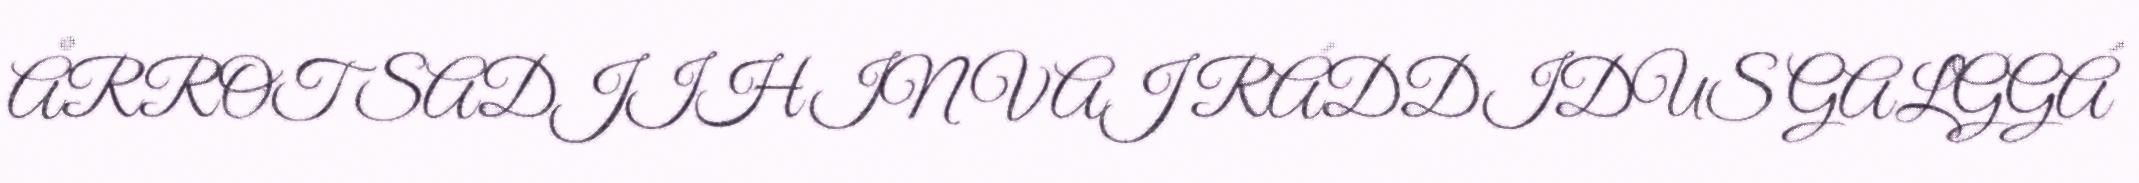
ÅRROT SADJIHIN VAJ RÁDDIDUS GALGGÁ